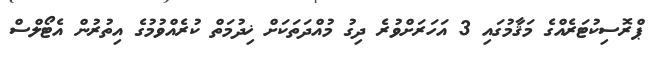
ޕްރޮސިކުޓަރެއްގެ މަޤާމުގައި 3 އަހަރަށްވުރެ ދިގު މުއްދަތަކަށް ޚިދުމަތް ކުރެއްވުމުގެ އިތުރުން އެޓޯލްސް